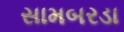
સામબરડા